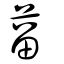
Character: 蒥